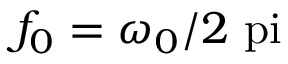
f _ { 0 } = \omega _ { 0 } / 2 \mathrm { \ p i }